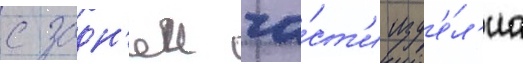
с задн'еи ча́ст'и изд'е́л'иа